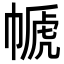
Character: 㡗